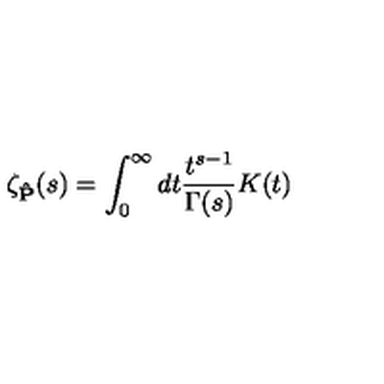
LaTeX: \zeta _ { \bf { \hat { P } } } ( s ) = \int _ { 0 } ^ { \infty } d t \frac { t ^ { s - 1 } } { \Gamma ( s ) } K ( t )